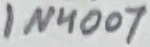
Text: 1N4007